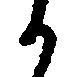
か